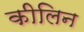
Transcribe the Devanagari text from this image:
कीलिन